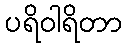
ပရိဝါရိတာ